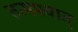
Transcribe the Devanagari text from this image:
तत्‍पश्‍वात्